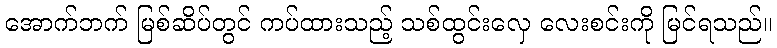
အောက်ဘက် မြစ်ဆိပ်တွင် ကပ်ထားသည့် သစ်ထွင်းလှေ လေးစင်းကို မြင်ရသည်။